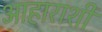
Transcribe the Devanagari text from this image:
आहाराशी